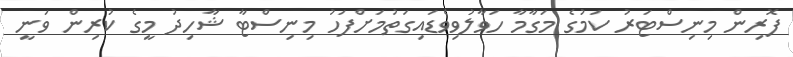
ފޮރިން މިނިސްޓަރު ކަމުގެ މަގާމާ ހަވާލުވިވެޑައިގަތުމަށްފަހު މިނިސްޓާ ޝާހިދު މީގެ ކުރިން ވަނީ